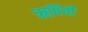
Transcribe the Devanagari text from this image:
ऋषिंची